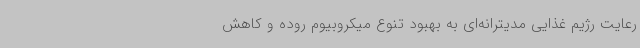
رعایت رژیم غذایی مدیترانه‌ای به بهبود تنوع میکروبیوم روده و کاهش